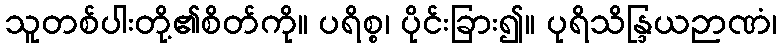
သူတစ်ပါးတို့၏စိတ်ကို။ ပရိစ္စ၊ ပိုင်းခြား၍။ ပုရိသိန္ဒြယဉာဏံ၊